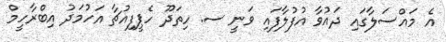
އެ މައްސަލާގައި ދައުވާ އުފުލާފައި ވަނީ ސ. ހިތަދޫ ހެޕީފިއުޗާ އަހުމަދު އިބްރާހީމް